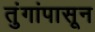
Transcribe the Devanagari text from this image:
तुंगांपासून